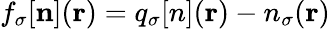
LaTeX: f_{\sigma}[{\mathbf n}]({\mathbf r})={q_{\sigma}[n]}({\mathbf r})-{n_{\sigma}}({\mathbf r})